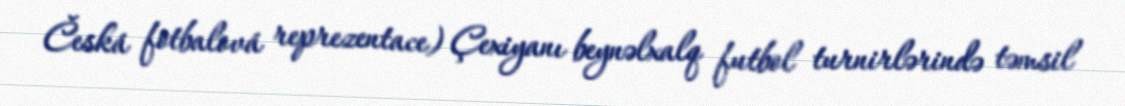
Česká fotbalová reprezentace) Çexiyanı beynəlxalq futbol turnirlərində təmsil